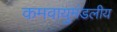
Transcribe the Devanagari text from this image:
कमवायुमंडलीय